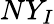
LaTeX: NY_{I}